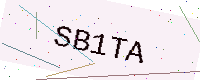
Text: SB1TA